Preparation of a safe and efficient antirabic vaccine - Number 44
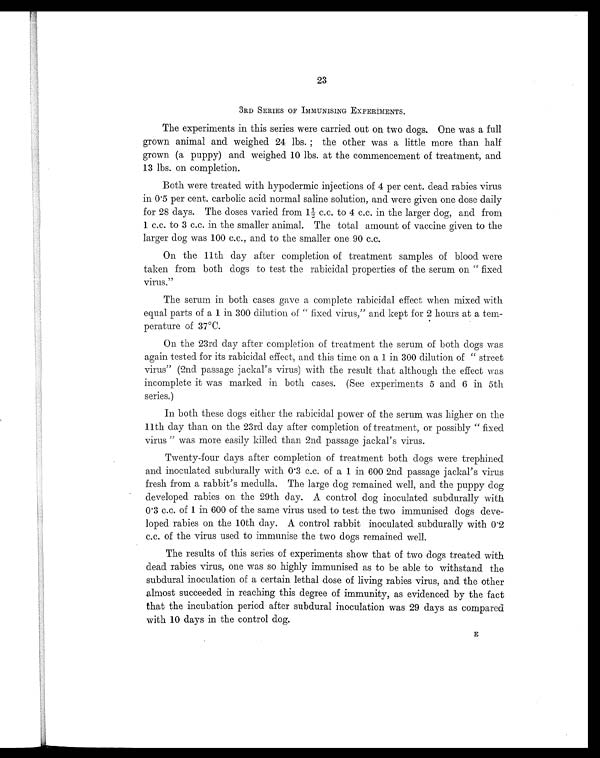
23
3RD SERIES OF IMMUNISING EXPERIMENTS.
The experiments in this series were carried out on two dogs. One was a full
grown animal and weighed 24 lbs.; the other was a little more than half
grown (a puppy) and weighed 10 lbs. at the commencement of treatment, and
13 lbs. on completion.
Both were treated with hypodermic injections of 4 per cent. dead rabies virus
i n 0 . 5 p e r c e n t . c a r b o l i c a c i d n o r ma l s a l i n e s o l u t i o n , a n d we r e g i v e n o n e d o s e d a i l y
for 28 days. The doses varied from 1½ c.c. to 4 c.c. in the larger dog, and from
1 c.c. to 3 c.c. in the smaller animal. The total amount of vaccine given to the
larger dog was 100 c.c., and to the smaller one 90 c.c.
On the 11th day after completion of treatment samples of blood were
taken from both clogs to test the rabicidal properties of the serum on " fixed
virus."
The serum in both cases gave a complete rabicidal effect when mixed with
equal parts of a 1 in 300 dilution of " fixed virus," and kept for 2 hours at a tem-
perature of 37°C.
On the 23rd day after completion of treatment the serum of both dogs was
again tested for its rabicidal effect, and this time on a 1 in 300 dilution of " street
virus" (2nd passage jackal's virus) with the result that although the effect was
incomplete it was marked in both cases. (See experiments 5 and 6 in 5th
series.)
In both these dogs either the rabicidal power of the serum was higher on the
11th day than on the 23rd day after completion of treatment, or possibly " fixed
virus " was more easily killed than 2nd passage jackal's virus.
Twenty-four days after completion of treatment both dogs were trephined
and inoculated subdurally with 0.3 c.c. of a 1 in 600 2nd passage jackal's virus
fresh from a rabbit's medulla. The large dog remained well, and the puppy dog
developed rabies on the 29th day. A control dog inoculated subdurally with
0.3 c.c. of 1 in 600 of the same virus used to test the two immunised dogs deve-
loped rabies on the 10th day. A control rabbit inoculated subdurally with 0.2
c.c. of the virus used to immunise the two dogs remained well.
The results of this series of experiments show that of two dogs treated with
dead rabies virus, one was so highly immunised as to be able to withstand the
subdural inoculation of a certain lethal dose of living rabies virus, and the other
almost succeeded in reaching this degree of immunity, as evidenced by the fact
that the incubation period after subdural inoculation was 29 days as compared
with 10 days in the control dog.